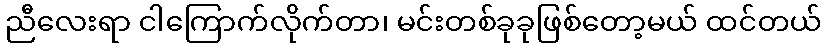
ညီလေးရာ ငါကြောက်လိုက်တာ၊ မင်းတစ်ခုခုဖြစ်တော့မယ် ထင်တယ်